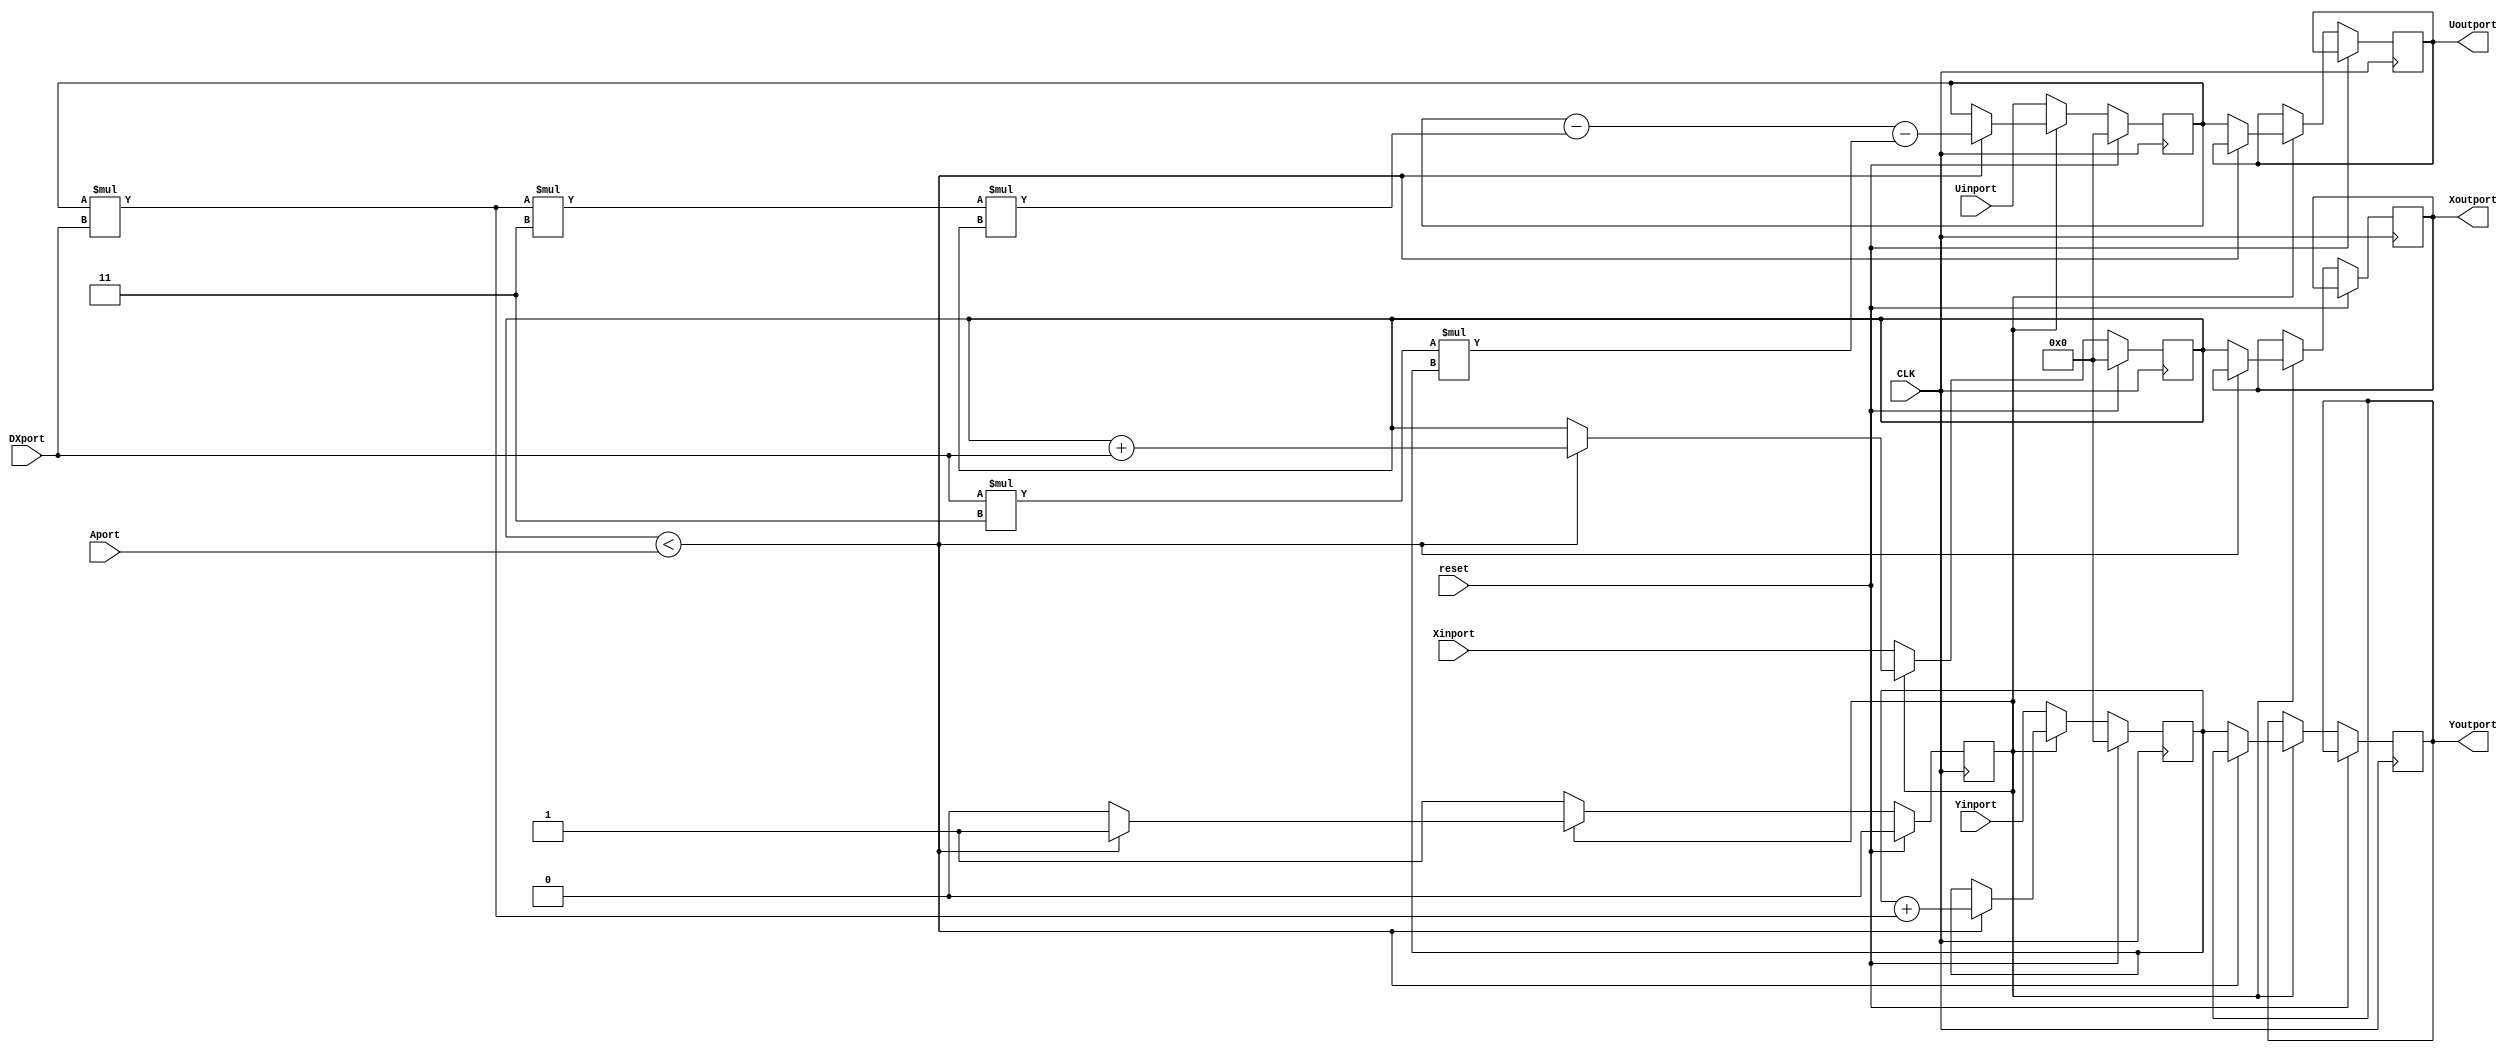
 module diffeq_paj_convert (Xinport, Yinport, Uinport, Aport, DXport, Xoutport, Youtport, Uoutport, CLK, reset);
    input[31:0] Xinport; 
    input[31:0] Yinport; 
    input[31:0] Uinport; 
    input[31:0] Aport; 
    input[31:0] DXport; 
    input CLK; 
    input reset; 
    output[31:0] Xoutport; 
    output[31:0] Youtport; 
    output[31:0] Uoutport; 
    reg[31:0] Xoutport;
    reg[31:0] Youtport;
    reg[31:0] Uoutport;

       reg[31:0] x_var; 
       reg[31:0] y_var; 
       reg[31:0] u_var; 
       wire[31:0] temp; 
       reg looping; 
 
assign temp = u_var * DXport;
    always @(posedge CLK)
    begin
		if (reset == 1'b1)
		begin
			looping <= 1'b0;
			x_var <= 0;
            y_var <= 0;
            u_var <= 0;
		end
		else
          if (looping == 1'b0)
          begin
             x_var <= Xinport; 
             y_var <= Yinport; 
             u_var <= Uinport; 
             looping <= 1'b1; 
          end
          else if (x_var < Aport)
          begin
             u_var <= (u_var - (temp/*u_var * DXport*/ * 3 * x_var)) - (DXport * 3 * y_var); 
             y_var <= y_var + temp;//(u_var * DXport); 
             x_var <= x_var + DXport; 
			looping <= looping;
          end
          else
          begin
             Xoutport <= x_var ; 
             Youtport <= y_var ; 
             Uoutport <= u_var ; 
             looping <= 1'b0; 
          end 
    end 
 endmodule